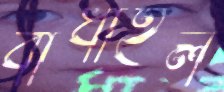
বাধাইল